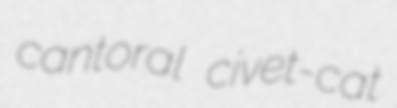
cantoral civet-cat